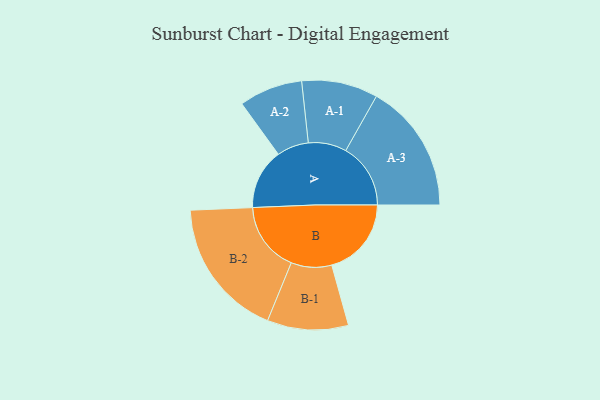
{"axis": {"x": "Segment", "y": "Value"}, "legend": ["", "A", "B"], "data": [{"x": "A", "y": 249, "type": ""}, {"x": "B", "y": 328, "type": ""}, {"x": "A-1", "y": 157, "type": "A"}, {"x": "A-2", "y": 131, "type": "A"}, {"x": "A-3", "y": 267, "type": "A"}, {"x": "B-1", "y": 167, "type": "B"}, {"x": "B-2", "y": 288, "type": "B"}]}